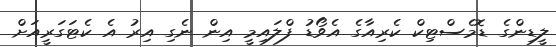
ލީޑިންގެ ޑޮމެސްޓިކް ކެރިއާގެ އެވޯޑު ފްލައިމީ އިން ނެގި އިރު އެ ކެޓަގަރީއަށް